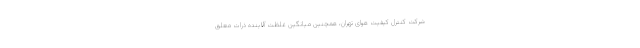
شرکت کنترل کیفیت هوای تهران، همچنین میانگین غلظت آلاینده ذرات معلق